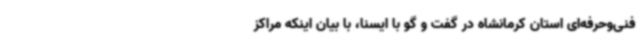
فنی‌وحرفه‌ای استان کرمانشاه در گفت و گو با ایسنا، با بیان اینکه مراکز